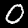
Label: 0